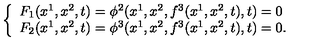
\left\{ \begin{array} { l } { F _ { 1 } ( x ^ { 1 } , x ^ { 2 } , t ) = \phi ^ { 2 } ( x ^ { 1 } , x ^ { 2 } , f ^ { 3 } ( x ^ { 1 } , x ^ { 2 } , t ) , t ) = 0 } \\ { F _ { 2 } ( x ^ { 1 } , x ^ { 2 } , t ) = \phi ^ { 3 } ( x ^ { 1 } , x ^ { 2 } , f ^ { 3 } ( x ^ { 1 } , x ^ { 2 } , t ) , t ) = 0 . } \\ \end{array} \right.